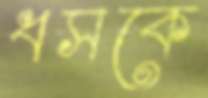
ধসকে